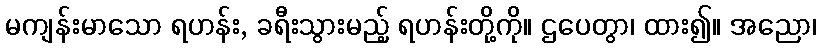
မကျန်းမာသော ရဟန်း, ခရီးသွားမည့် ရဟန်းတို့ကို။ ဌပေတွာ၊ ထား၍။ အညော၊